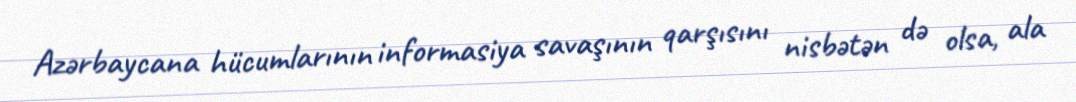
Azərbaycana hücumlarının informasiya savaşının qarşısını nisbətən də olsa, ala